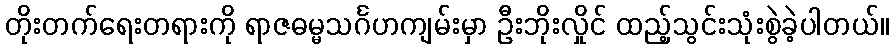
တိုးတက်ရေးတရားကို ရာဇဓမ္မသင်္ဂဟကျမ်းမှာ ဦးဘိုးလှိုင် ထည့်သွင်းသုံးစွဲခဲ့ပါတယ်။